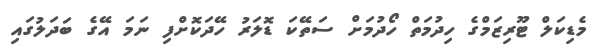
މެޑިކަލް ޓޫރިޒަމްގެ ހިދުމަތް ހޯދުމަށް ސަތޭކަ ޑޮލަރު ހޭދަކޮށްފި ނަމަ އޭގެ ބަދަލުގައި